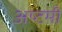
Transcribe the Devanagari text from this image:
अष्‍टमी